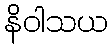
နိဝါသယ